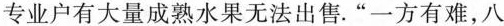
专业户有大量成熟水果无法出售。“一方有难，八